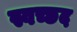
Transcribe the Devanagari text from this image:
स्वच्छद